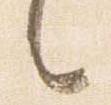
言